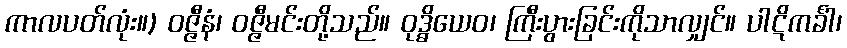
ကာလပတ်လုံး။) ဝဇ္ဇီနံ၊ ဝဇ္ဇီမင်းတို့သည်။ ဝုဒ္ဓိယေဝ၊ ကြီးပွားခြင်းကိုသာလျှင်။ ပါဋိကင်္ခါ၊